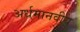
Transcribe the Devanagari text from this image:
अर्धमानवीय